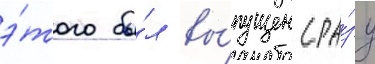
э́того бы́л вы́пущен сра́зу